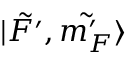
| \Tilde { F ^ { \prime } } , \Tilde { m _ { F } ^ { \prime } } \rangle